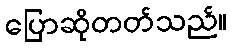
ပြောဆိုတတ်သည်။